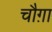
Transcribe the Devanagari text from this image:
चौग़ा